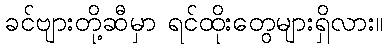
ခင်ဗျားတို့ဆီမှာ ရင်ထိုးတွေများရှိလား။